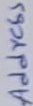
Text: Address